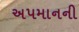
અપમાનની